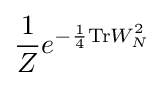
{\frac {1}{Z}}e^{-{\frac {1}{4}}\mathrm {Tr} W_{N}^{2}}